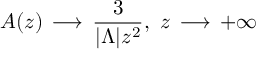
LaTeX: A ( z ) \, \longrightarrow \, \frac { 3 } { | { \Lambda } | z ^ { 2 } } , ~ z \, \longrightarrow \, + \infty